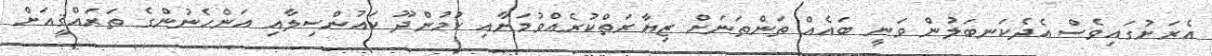
އެރަށުގައިވެސް އެދެކަނބަލުން ވަނީ ބައެއް ތަންތަނަށް ޒިޔާރަތްކުރެއްވުމަށާއި ކުމުންދޫ ކައުންސިލާއި އަންހެނުންގެ ތަރައްޤީއަށް